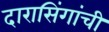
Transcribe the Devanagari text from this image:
दारासिंगांची